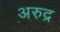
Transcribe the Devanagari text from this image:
अरुद्र